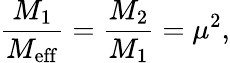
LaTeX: \frac{M_{1}}{M_{\mathrm{eff}}}=\frac{M_{2}}{M_{1}}=\mu^{2},